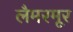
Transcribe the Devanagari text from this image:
लैमरमूर